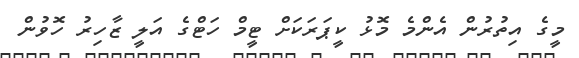
މީގެ އިތުރުން އެންމެ މޮޅު ކީޕަރަކަށް ޓީމް ހަޓްގެ އަލީ ޒާހިރު ހޮވުން